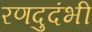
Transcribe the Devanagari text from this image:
रणदुदंभी